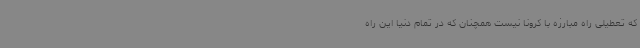
که تعطیلی راه مبارزه با کرونا نیست همچنان که در تمام دنیا این راه